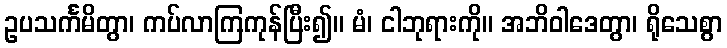
ဥပသင်္ကမိတွာ၊ ကပ်လာကြကုန်ပြီး၍။ မံ၊ ငါဘုရားကို။ အဘိဝါဒေတွာ၊ ရိုသေစွာ